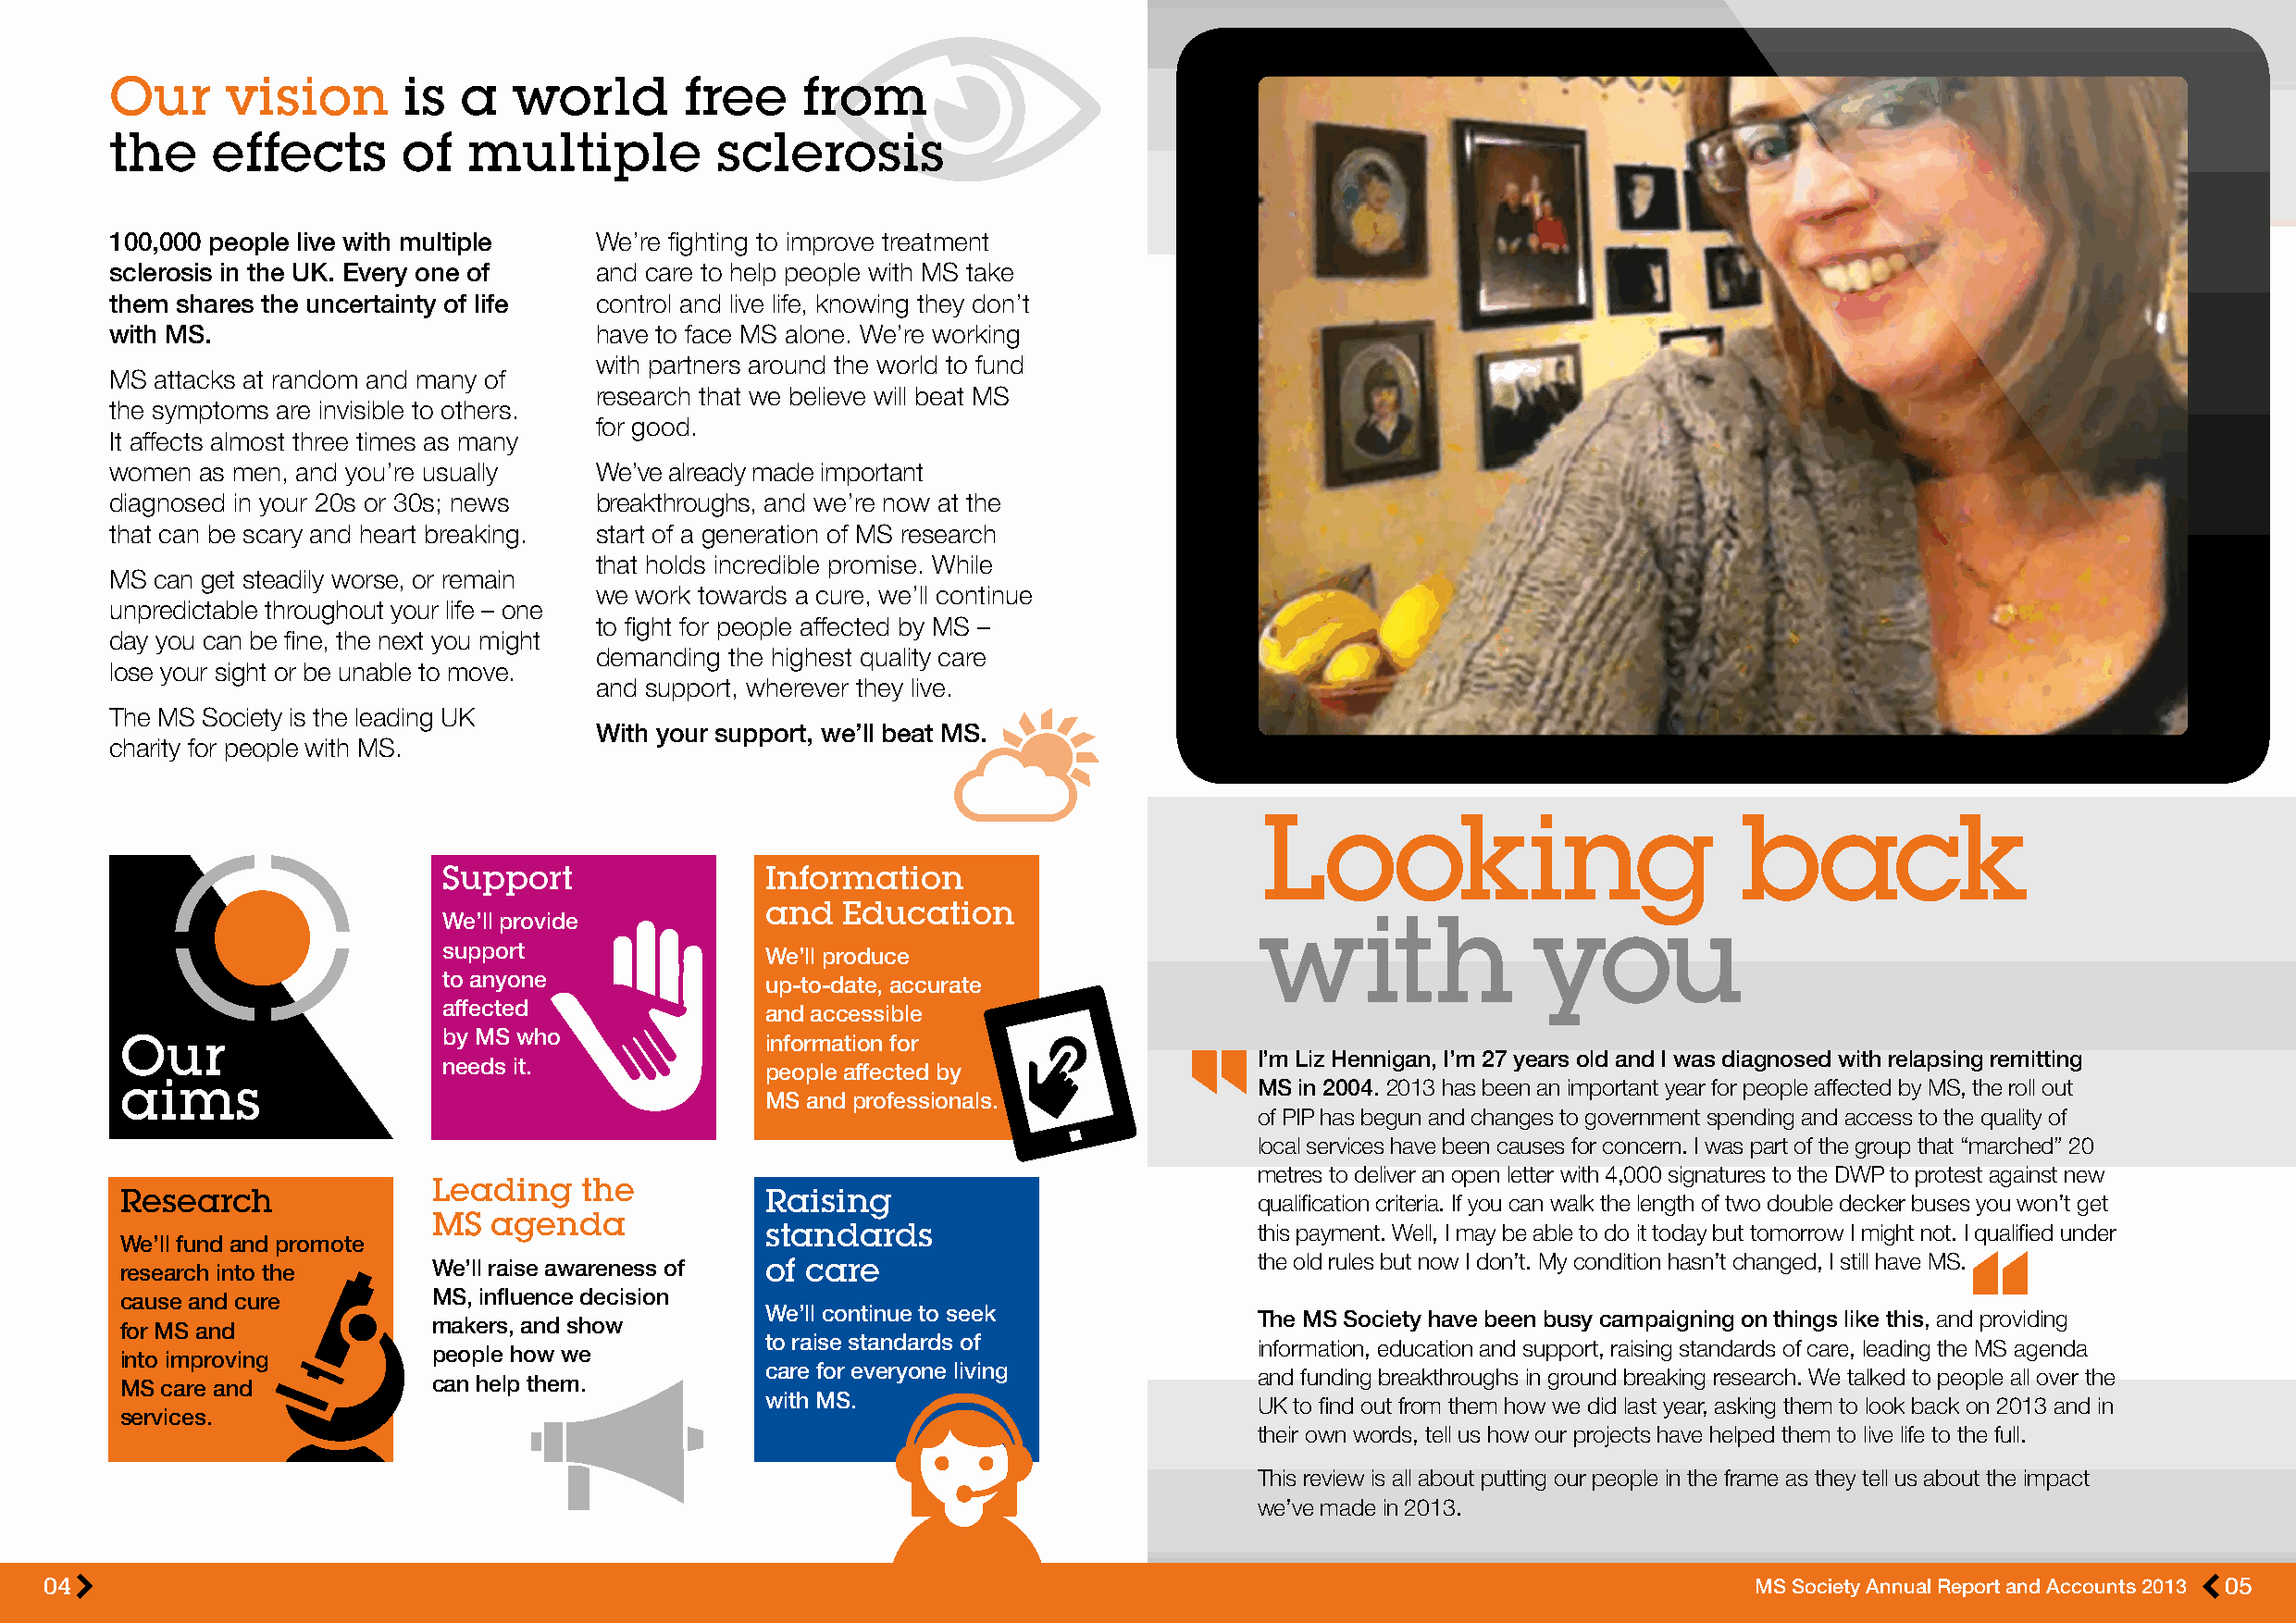
Our     vision       is  a   world       free    from
 the    effects       of  multiple          sclerosis
 100,000 people live with multiple  We’re fighting to improve treatment
 sclerosis in the UK. Every one of  and care to help people with MS take
 them shares the uncertainty of life control and live life, knowing they don’t
 with MS.                           have to face MS alone. We’re working
 with partners around the world to fund
 MS attacks at random and many of
 research that we believe will beat MS
 the symptoms are invisible to others.
 for good.
 It affects almost three times as many
 women as men, and you’re usually   We’ve already made important
 diagnosed in your 20s or 30s; news breakthroughs, and we’re now at the
 that can be scary and heart breaking. start of a generation of MS research
 that holds incredible promise. While
 MS can get steadily worse, or remain
 we work towards a cure, we’ll continue
 unpredictable throughout your life – one
 to fight for people affected by MS –
 day you can be fine, the next you might
 demanding the highest quality care
 lose your sight or be unable to move.
 and support, wherever they live.
 The MS Society is the leading UK
 With your support, we’ll beat MS.
 charity for people with MS.
 Looking                           back
 Support                Information
 and  Education
 We’ll provide                                             with                you
 support                We’ll produce
 to anyone              up-to-date, accurate
 affected               and accessible
 Our                    by MS who              information for
 I’m Liz Hennigan, I’m 27 years old and I was diagnosed with relapsing remitting
 needs it.              people affected by
 aims                                                                             MS in 2004. 2013 has been an important year for people affected by MS, the roll out
 MS and professionals.
 of PIP has begun and changes to government spending and access to the quality of
 local services have been causes for concern. I was part of the group that “marched” 20
 metres to deliver an open letter with 4,000 signatures to the DWP to protest against new
 Leading    the
 Research                                      Raising                            qualification criteria. If you can walk the length of two double decker buses you won’t get
 MS  agenda
 standards                          this payment. Well, I may be able to do it today but tomorrow I might not. I qualified under
 We’ll fund and promote
 the old rules but now I don’t. My condition hasn’t changed, I still have MS.
 research into the     We’ll raise awareness of of care
 cause and cure        MS, influence decision
 We’ll continue to seek
 The MS Society have been busy campaigning on things like this, and providing
 for MS and            makers, and show
 to raise standards of
 information, education and support, raising standards of care, leading the MS agenda
 into improving        people how we
 care for everyone living
 and funding breakthroughs in ground breaking research. We talked to people all over the
 MS care and           can help them.
 with MS.
 UK to find out from them how we did last year, asking them to look back on 2013 and in
 services.
 their own words, tell us how our projects have helped them to live life to the full.
 This review is all about putting our people in the frame as they tell us about the impact
 we’ve made in 2013.
 04                                                                                                                         MS Society Annual Report and Accounts 2013 05